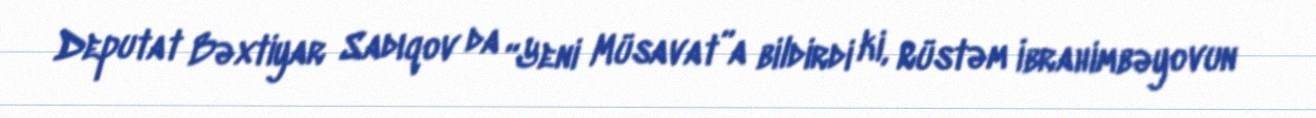
Deputat Bəxtiyar Sadıqov da “Yeni Müsavat”a bildirdi ki, Rüstəm İbrahimbəyovun